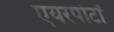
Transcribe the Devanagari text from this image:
एयरपोर्टों